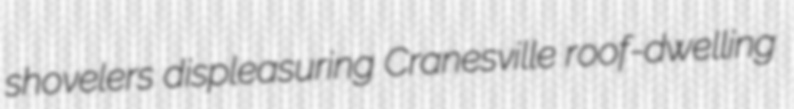
shovelers displeasuring Cranesville roof-dwelling